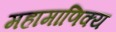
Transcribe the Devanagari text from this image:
महामाणिक्य